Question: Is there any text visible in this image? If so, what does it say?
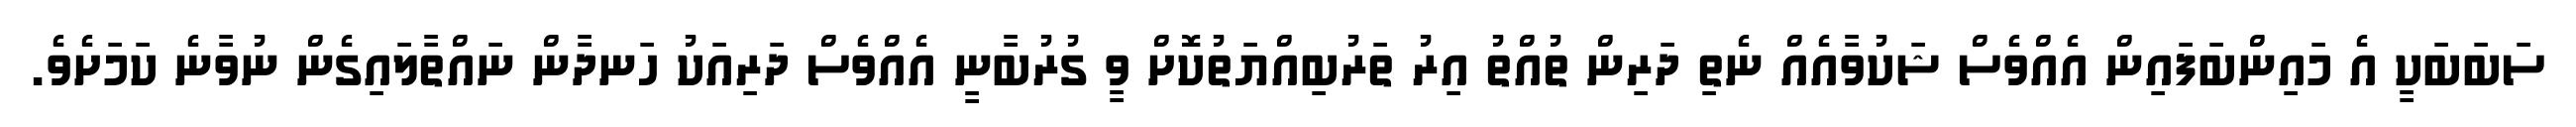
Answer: ސަބަބަކީ އެ މައިންބަފައިން އެއްވެސް ޝަކުވާއެއް ނެތި ދަރިން ތުއްތު އިރު ތަރުބިއްޔަތުކޮށް ވީ ގުރުބާނީ އެއްވެސް ދަރިއަކު ހަނދާން ނައްތާލައިގެން ނުވާނެ ކަމަށެވެ.